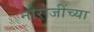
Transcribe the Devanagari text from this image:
नौरोजींच्या